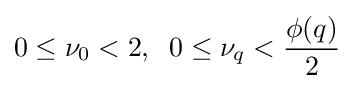
0\leq \nu _{0}<2,\;\;0\leq \nu _{q}<{\frac {\phi (q)}{2}}